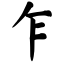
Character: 乍